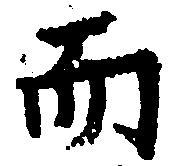
而